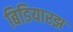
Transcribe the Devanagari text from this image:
बिडियारझ